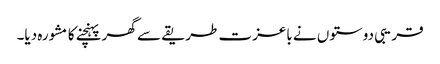
قریبی دوستوں نے باعزت طریقے سے گھر پہنچنے کا مشورہ دیا۔